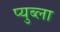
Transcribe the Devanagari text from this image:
प्युब्ला